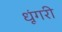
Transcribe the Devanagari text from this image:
धूंगरी